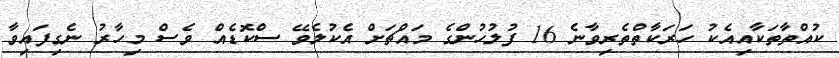
ކުއްތާތަކާއިއެކު ހަރަކާތްތެރިވާނެ 16 ފުލުހުންގެ މައްޗަށް އެކުލެވޭ ސްކޮޑެއް ވެސް މިހާރު ނެގިފައިވާ